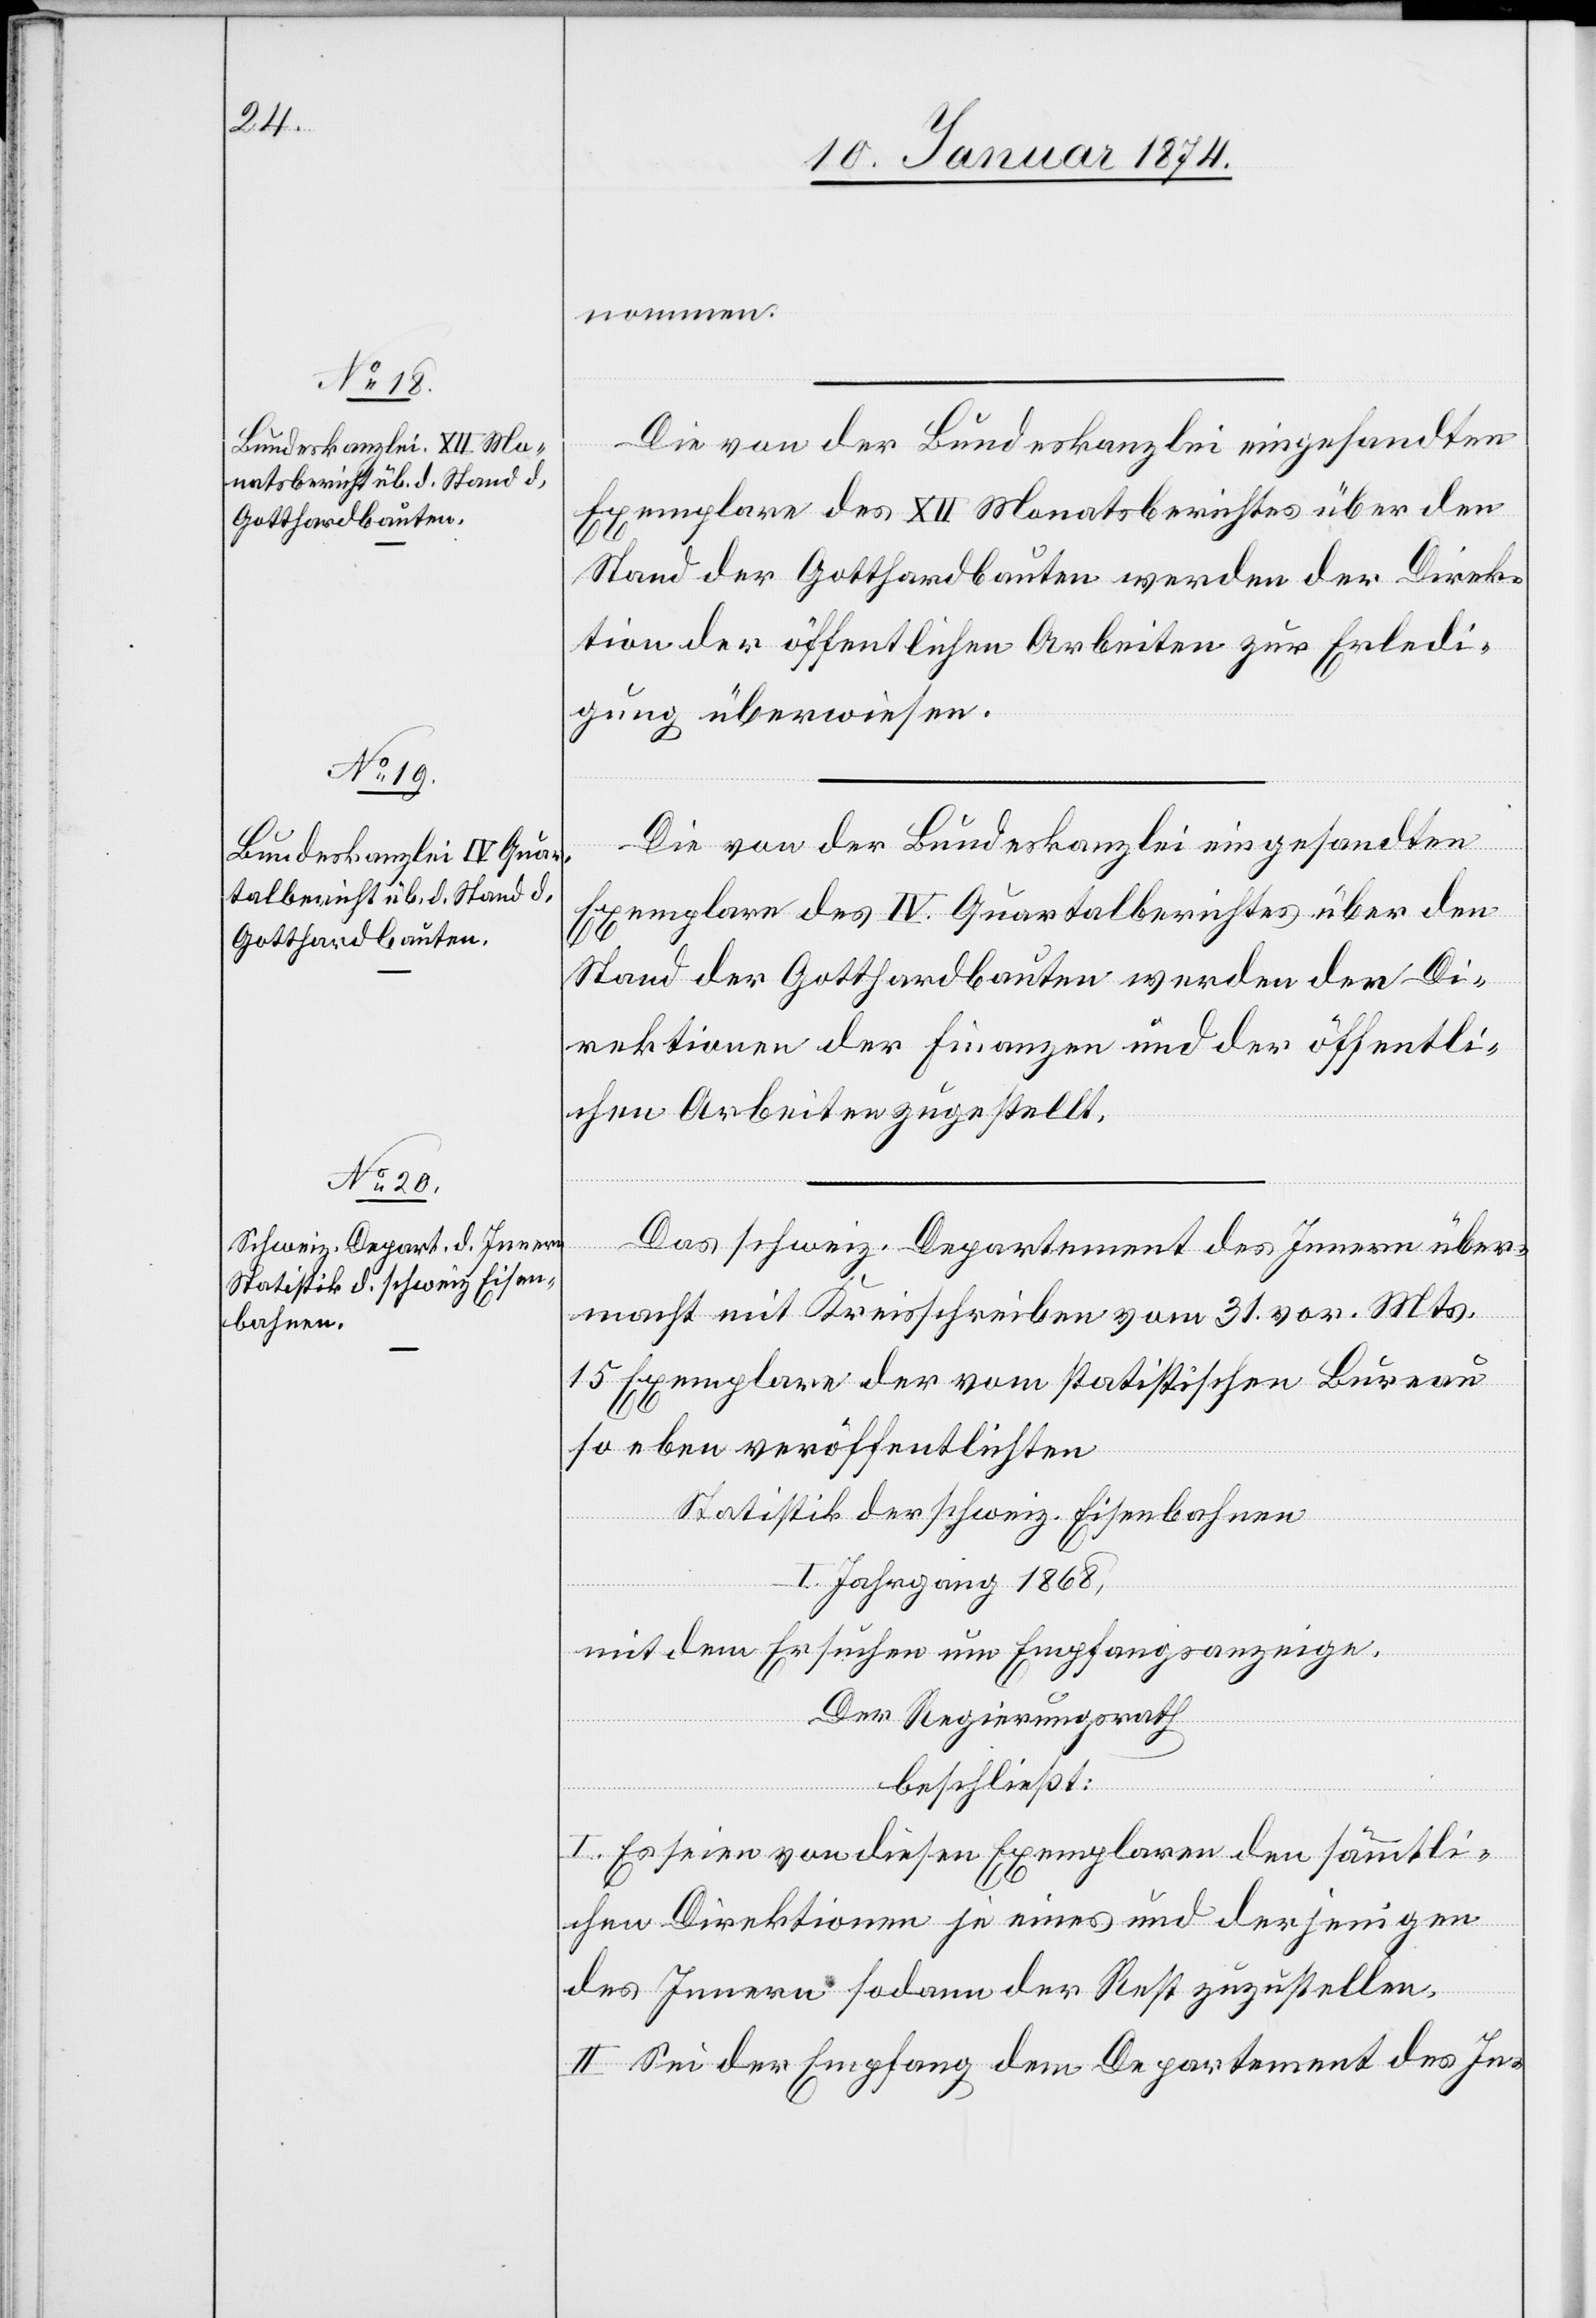
nommen.
Die von der Bundeskanzlei eingesandten
Exemplare des XII Monatsberichtes über den
Stand der Gotthardbauten werden der Direk¬
tion der öffentlichen Arbeiten zur Erledi¬
gung überwiesen.
Die von der Bundeskanzlei eingesandten
Exemplare des IV. Quartalberichtes über den
Stand der Gotthardbauten werden den Di¬
rektionen der Finanzen und der öffentli¬
chen Arbeiten zugestellt.
Das schweiz. Departement des Innern über¬
macht mit Kreisschreiben vom 31. vor. Mts.
15 Exemplare der vom statistischen Bureau
so eben veröffentlichten
Statistik der schweiz. Eisenbahnen
I. Jahrgang 1868,
mit dem Ersuchen um Empfangsanzeige.
Der Regierungsrath
beschließt:
I. Es seien von diesen Exemplaren den sämmtli¬
chen Direktionen je eines und derjenigen
des Innern sodann der Rest zuzustellen.
II. Sei der Empfang dem Departement des In-